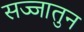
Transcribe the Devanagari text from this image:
सज्जातुन